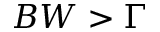
B W > \Gamma